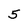
Character: 5